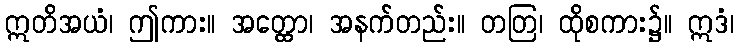
ဣတိအယံ၊ ဤကား။ အတ္ထော၊ အနက်တည်း။ တတြ၊ ထိုစကား၌။ ဣဒံ၊